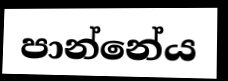
පාන්නේය